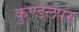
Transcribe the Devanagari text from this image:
कुण्डलपर